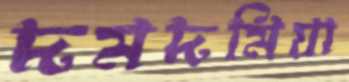
দমদমিয়া